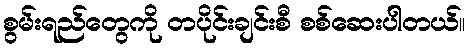
စွမ်းရည်တွေကို တပိုင်းချင်းစီ စစ်ဆေးပါတယ်။